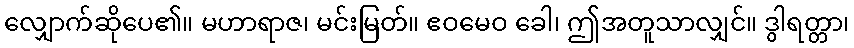
လျှောက်ဆိုပေ၏။ မဟာရာဇ၊ မင်းမြတ်။ ဧဝမေဝ ခေါ၊ ဤအတူသာလျှင်။ ဒွါရတ္တာ၊